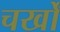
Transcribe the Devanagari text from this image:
चर्खों